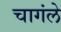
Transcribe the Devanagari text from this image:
चागंले